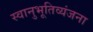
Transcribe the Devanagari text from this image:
स्वानुभूतिव्यंजना